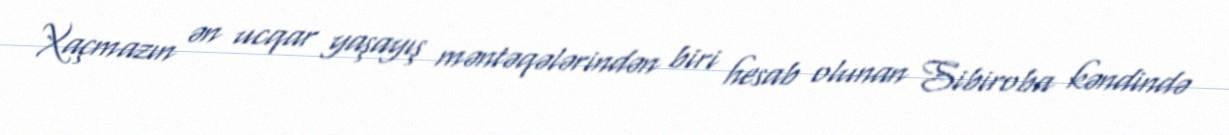
Xaçmazın ən ucqar yaşayış məntəqələrindən biri hesab olunan Sibiroba kəndində